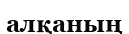
алқаның